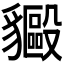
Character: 𬥍